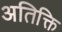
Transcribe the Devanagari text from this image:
अतिक्ति